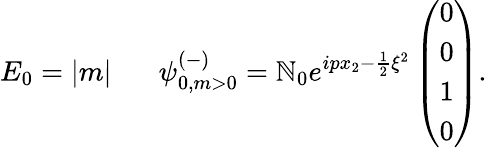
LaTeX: E_{0}=|m|\; \; \; \; \; \; {\psi}_{0,m>0}^{(-)}=\mathbb{N}_{0}e^{ipx_{2}-\frac{{1}}{{2}}\xi^{2}}\left(\begin{array}{c}{{0}}\\ {{0}}\\ {{1}}\\ {{0}}\end{array}\right).